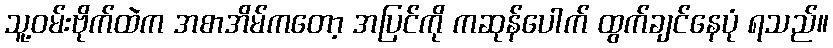
သူ့ဝမ်းဗိုက်ထဲက အစာအိမ်ကတော့ အပြင်ကို ကဆုန်ပေါက် ထွက်ချင်နေပုံ ရသည်။